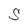
Character: S